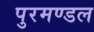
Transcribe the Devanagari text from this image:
पुरमण्डल